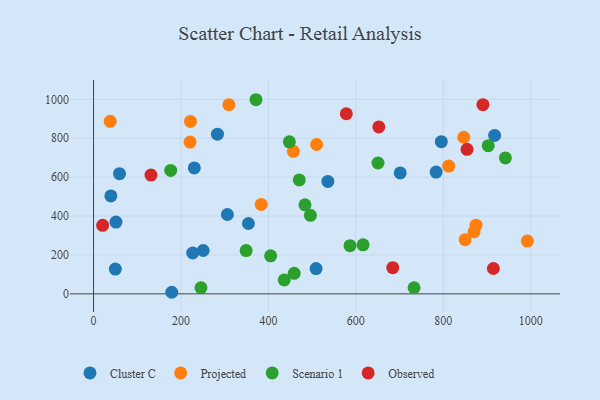
{"axis": {"x": "Price", "y": "Fuel Efficiency"}, "legend": ["Cluster C", "Observed", "Projected", "Scenario 1"], "data": [{"x": "59.4", "y": 617.6, "type": "Cluster C"}, {"x": "701.4", "y": 621.9, "type": "Cluster C"}, {"x": "51.3", "y": 369.0, "type": "Cluster C"}, {"x": "178.9", "y": 8.1, "type": "Cluster C"}, {"x": "509.0", "y": 130.1, "type": "Cluster C"}, {"x": "230.5", "y": 647.2, "type": "Cluster C"}, {"x": "536.0", "y": 577.9, "type": "Cluster C"}, {"x": "49.9", "y": 127.2, "type": "Cluster C"}, {"x": "795.5", "y": 782.2, "type": "Cluster C"}, {"x": "226.8", "y": 210.0, "type": "Cluster C"}, {"x": "783.6", "y": 625.8, "type": "Cluster C"}, {"x": "39.7", "y": 503.2, "type": "Cluster C"}, {"x": "250.8", "y": 222.9, "type": "Cluster C"}, {"x": "917.4", "y": 814.4, "type": "Cluster C"}, {"x": "354.3", "y": 361.6, "type": "Cluster C"}, {"x": "306.2", "y": 408.0, "type": "Cluster C"}, {"x": "283.4", "y": 820.7, "type": "Cluster C"}, {"x": "221.8", "y": 886.3, "type": "Projected"}, {"x": "992.3", "y": 271.3, "type": "Projected"}, {"x": "309.6", "y": 972.2, "type": "Projected"}, {"x": "38.2", "y": 887.0, "type": "Projected"}, {"x": "874.9", "y": 353.3, "type": "Projected"}, {"x": "849.9", "y": 278.4, "type": "Projected"}, {"x": "383.6", "y": 459.9, "type": "Projected"}, {"x": "220.8", "y": 780.1, "type": "Projected"}, {"x": "510.3", "y": 767.8, "type": "Projected"}, {"x": "812.3", "y": 656.7, "type": "Projected"}, {"x": "870.3", "y": 319.2, "type": "Projected"}, {"x": "846.9", "y": 805.0, "type": "Projected"}, {"x": "457.1", "y": 732.5, "type": "Projected"}, {"x": "586.7", "y": 247.7, "type": "Scenario 1"}, {"x": "459.0", "y": 105.5, "type": "Scenario 1"}, {"x": "245.7", "y": 31.3, "type": "Scenario 1"}, {"x": "371.6", "y": 998.0, "type": "Scenario 1"}, {"x": "436.2", "y": 71.7, "type": "Scenario 1"}, {"x": "176.5", "y": 634.3, "type": "Scenario 1"}, {"x": "349.0", "y": 222.5, "type": "Scenario 1"}, {"x": "616.5", "y": 252.1, "type": "Scenario 1"}, {"x": "405.1", "y": 195.7, "type": "Scenario 1"}, {"x": "496.0", "y": 403.9, "type": "Scenario 1"}, {"x": "733.1", "y": 31.3, "type": "Scenario 1"}, {"x": "470.6", "y": 585.9, "type": "Scenario 1"}, {"x": "483.6", "y": 457.5, "type": "Scenario 1"}, {"x": "902.8", "y": 761.7, "type": "Scenario 1"}, {"x": "650.6", "y": 672.7, "type": "Scenario 1"}, {"x": "447.9", "y": 781.6, "type": "Scenario 1"}, {"x": "942.0", "y": 698.8, "type": "Scenario 1"}, {"x": "890.6", "y": 972.8, "type": "Observed"}, {"x": "652.5", "y": 858.0, "type": "Observed"}, {"x": "914.5", "y": 130.4, "type": "Observed"}, {"x": "20.8", "y": 352.1, "type": "Observed"}, {"x": "854.2", "y": 742.8, "type": "Observed"}, {"x": "578.2", "y": 926.0, "type": "Observed"}, {"x": "684.4", "y": 134.5, "type": "Observed"}, {"x": "131.4", "y": 610.5, "type": "Observed"}]}